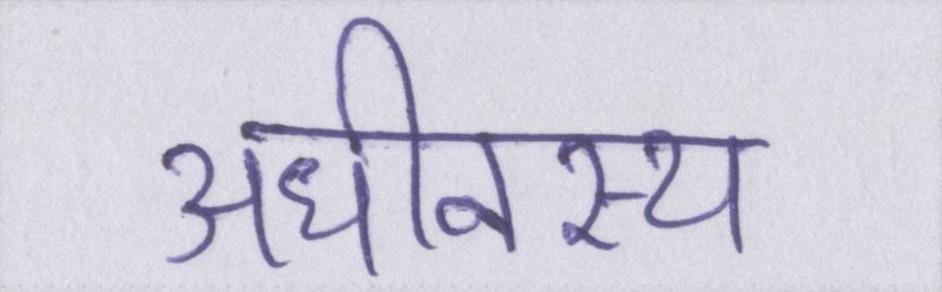
अधीनस्थ